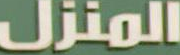
المنزل